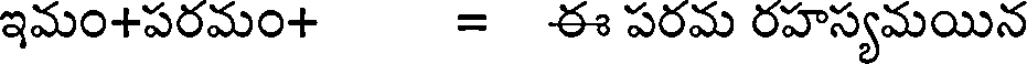
ఇమం+పరమం+ = ఈ పరమ రహస్యమయిన